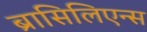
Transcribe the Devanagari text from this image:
ब्रासिलिएन्स